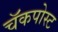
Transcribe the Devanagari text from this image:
चॅकपोस्ट